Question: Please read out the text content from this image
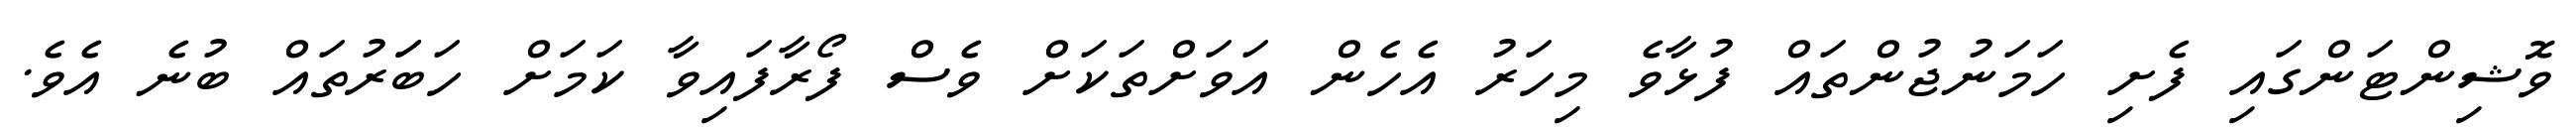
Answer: ވޮޝިންޓަންގައި ފެށި ހަމަނުޖުންތައް ފުޅާވެ މިހަރު އެހެން އަވަށްތަކަށް ވެސް ފޯރާފައިވާ ކަމަށް ހަބަަރުތައް ބުނެ އެވެ.